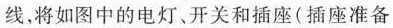
线，将如图中的电灯。开关和插座(插座准备